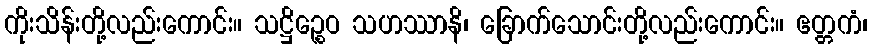
ကိုးသိန်းတို့လည်းကောင်း။ သဋ္ဌိဉ္စေဝ သဟဿာနိ၊ ခြောက်သောင်းတို့လည်းကောင်း။ ဧတ္တကံ၊